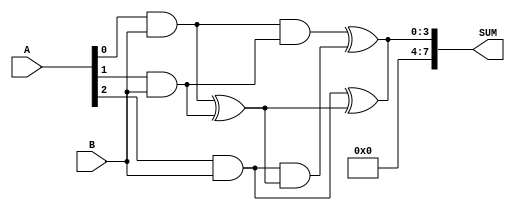
module carry_save_adder(input [3:0] A, input [3:0] B, output [7:0] SUM);
  wire [7:0] P1, P2, P3;
  wire [7:0] G, P, C;

  // Partial Product Generator
  assign P1 = A[0] & B;
  assign P2 = A[1] & B;
  assign P3 = A[2] & B;

  // Carry Save Accumulator
  assign G = P1 ^ P2;
  assign P = P1 & P2;
  assign SUM = P3 ^ G;
  assign C = P3 & G;

  assign SUM[7:4] = A[3] ^ B;
  assign C[4] = A[3] & B;

  assign SUM[3:0] = P ^ C;
endmodule